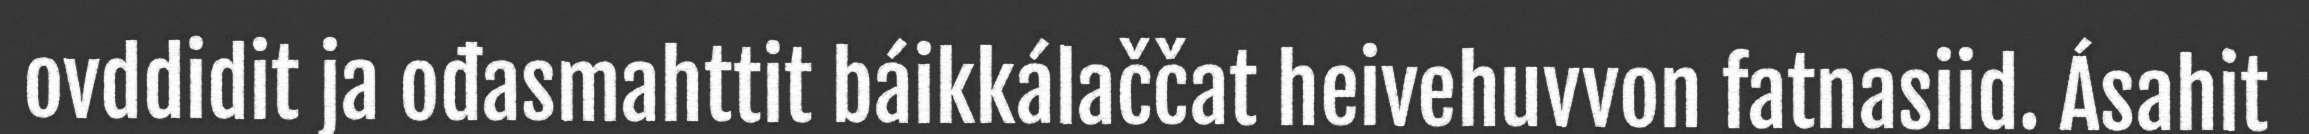
ovddidit ja ođasmahttit báikkálaččat heivehuvvon fatnasiid. Ásahit